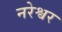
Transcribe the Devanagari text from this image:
नरेश्वर